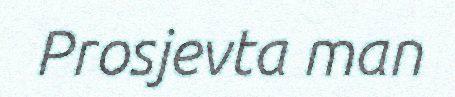
Prosjevta man